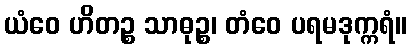
ယံဝေ ဟိတဉ္စ သာဓုဉ္စ၊ တံဝေ ပရမဒုက္ကရံ။